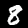
Digit: 8